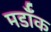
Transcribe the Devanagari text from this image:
मर्डॉक